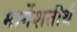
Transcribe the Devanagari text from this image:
मार्गेशतीर्थ